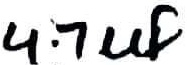
Text: 4.7uF